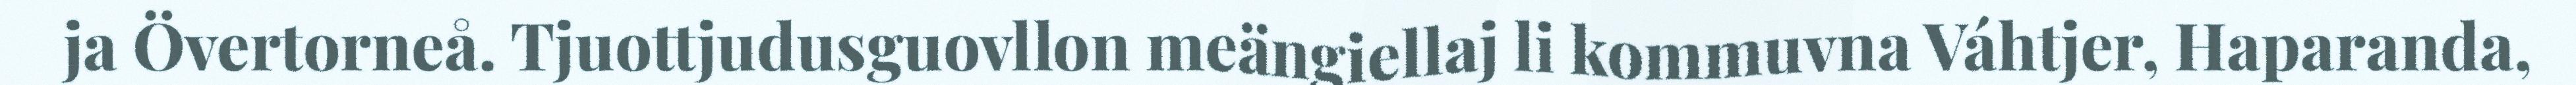
ja Övertorneå. Tjuottjudusguovllon meängiellaj li kommuvna Váhtjer, Haparanda,